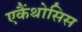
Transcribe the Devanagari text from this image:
एकैंथोसिस